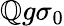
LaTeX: \mathbb{Q}g\sigma_{0}